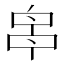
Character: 𠵓